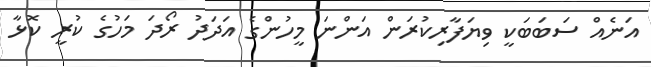
އަނެއް ސަބަބަކީ ވިޔަފާރިކުރަން އަންނަ މީހުންގެ އަދަދު ރޯދަ މަހުގެ ކުރީ ކޮޅާ